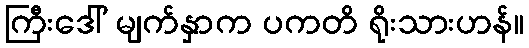
ကြီးဒေါ် မျက်နှာက ပကတိ ရိုးသားဟန်။